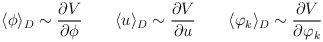
\begin{align*}\langle \phi \rangle_D\sim\frac{\partial V}{\partial \phi} \qquad \langle u \rangle_D\sim\frac{\partial V}{\partial u}\qquad \langle \varphi_k \rangle_D\sim\frac{\partial V}{\partial \varphi_k}\end{align*}